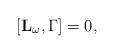
LaTeX: \begin{align*}\lbrack \mathbf{L_{\omega }},\Gamma ]=0, \end{align*}